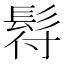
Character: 𩬙